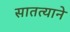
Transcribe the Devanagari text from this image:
सातत्‍याने